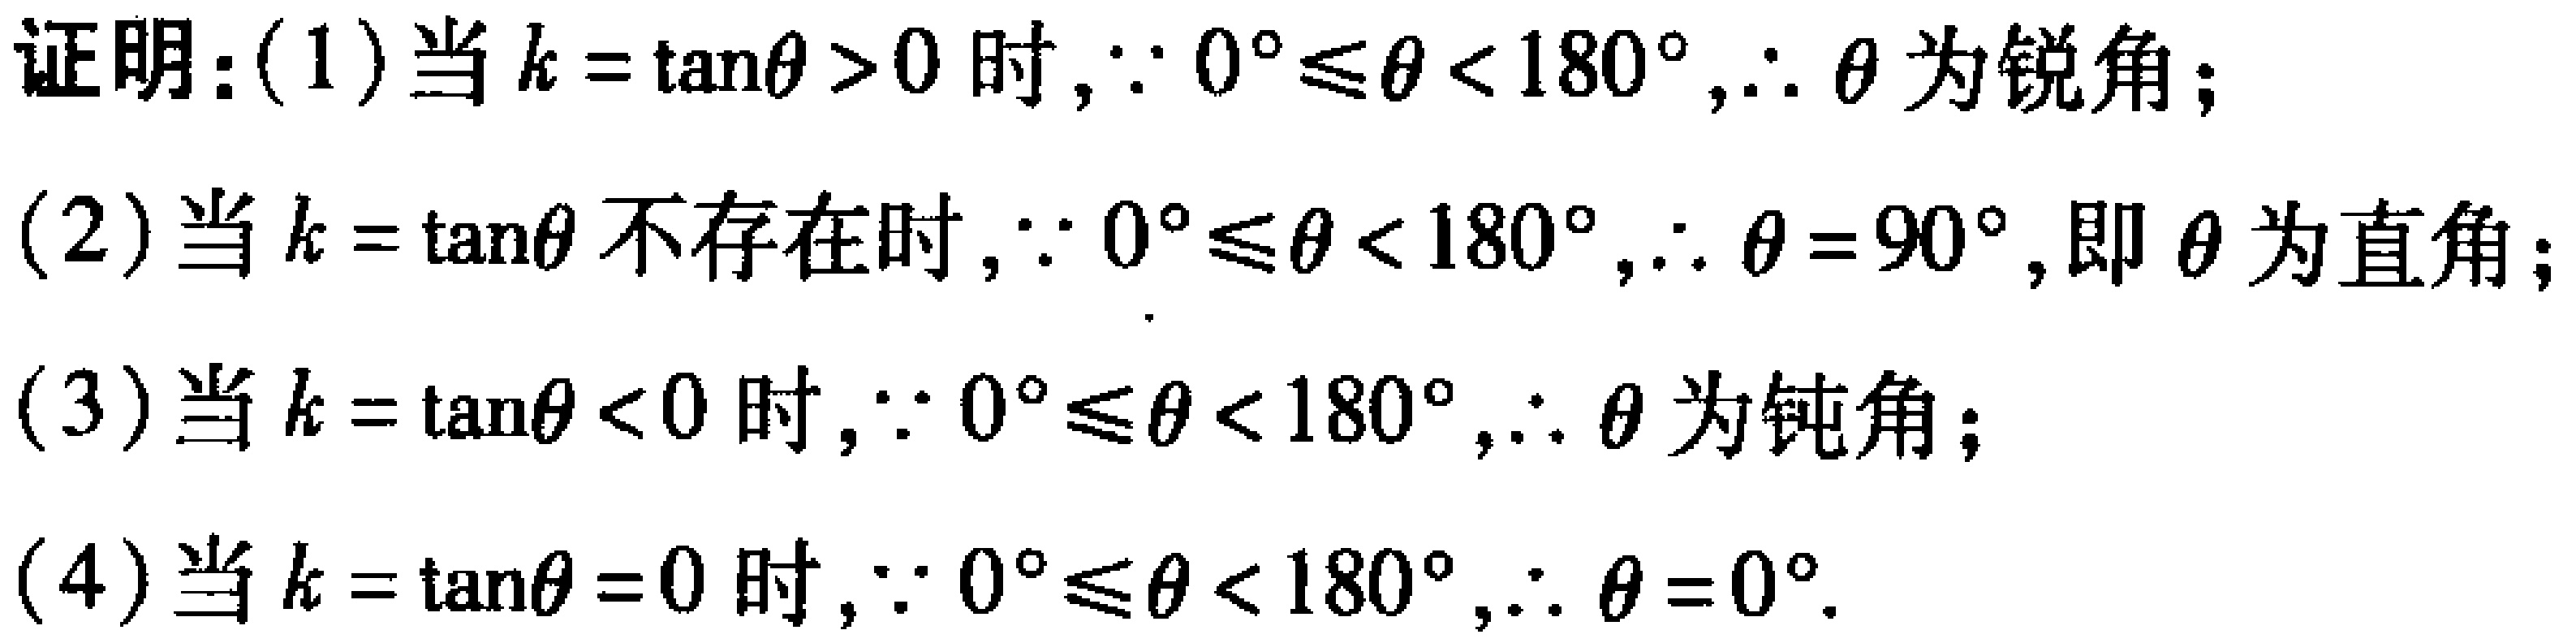
\begin{proof}
(1) 当 \(k = \tan\theta>0\) 时，\(\because 0^{\circ}\leq\theta<180^{\circ}\)，\(\therefore \theta\) 为锐角；
(2) 当 \(k = \tan\theta\) 不存在时，\(\because 0^{\circ}\leq\theta<180^{\circ}\)，\(\therefore \theta = 90^{\circ}\)，即 \(\theta\) 为直角；
(3) 当 \(k = \tan\theta<0\) 时，\(\because 0^{\circ}\leq\theta<180^{\circ}\)，\(\therefore \theta\) 为钝角；
(4) 当 \(k = \tan\theta = 0\) 时，\(\because 0^{\circ}\leq\theta<180^{\circ}\)，\(\therefore \theta = 0^{\circ}\)。
\end{proof}